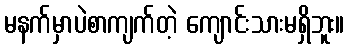
မနက်မှာပဲစာကျက်တဲ့ ကျောင်းသားမရှိဘူး။